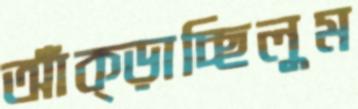
আঁক্‌ড়াচ্ছিলুম